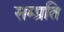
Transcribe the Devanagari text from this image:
सम्‍प्रति